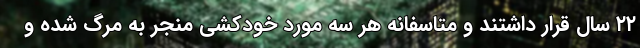
۲۲ سال قرار داشتند و متاسفانه هر سه مورد خودکشی منجر به مرگ شده و